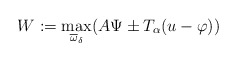
\begin{align*}W := \max_{\overline{\omega}_\delta} (A \Psi\pm T_\alpha (u - \varphi))\end{align*}